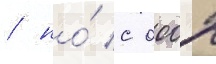
/ но́ с 0002